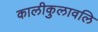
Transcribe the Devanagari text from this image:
कालीकुलावलि